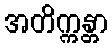
အတိက္ကန္တာ